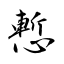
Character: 慙